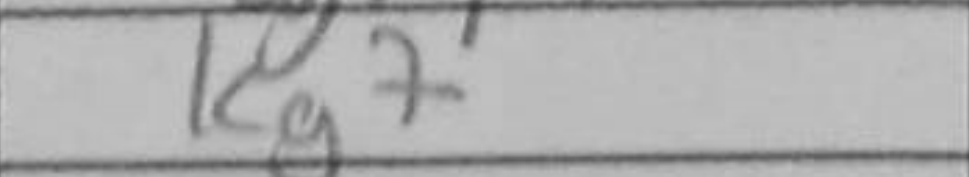
Transcription: Kg7